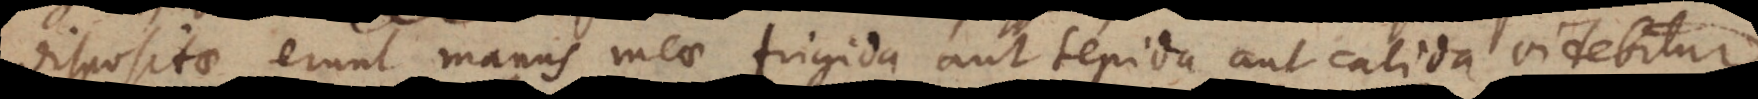
dispositae erunt manus meae frigida aut tepida aut calida videbitur.